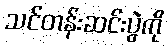
သင်တန်းဆင်းပွဲကို